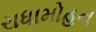
રાધામોહન